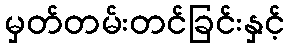
မှတ်တမ်းတင်ခြင်းနှင့်